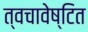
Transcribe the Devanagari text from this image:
त्वचावेष्टित